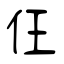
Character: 仼